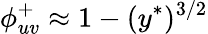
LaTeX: \phi_{uv}^{+}\approx 1-(y^{\ast})^{3/2}